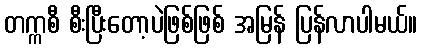
တက္ကစီ စီးပြီးတော့ပဲဖြစ်ဖြစ် အမြန် ပြန်လာပါမယ်။